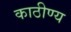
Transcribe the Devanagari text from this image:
काठीण्य